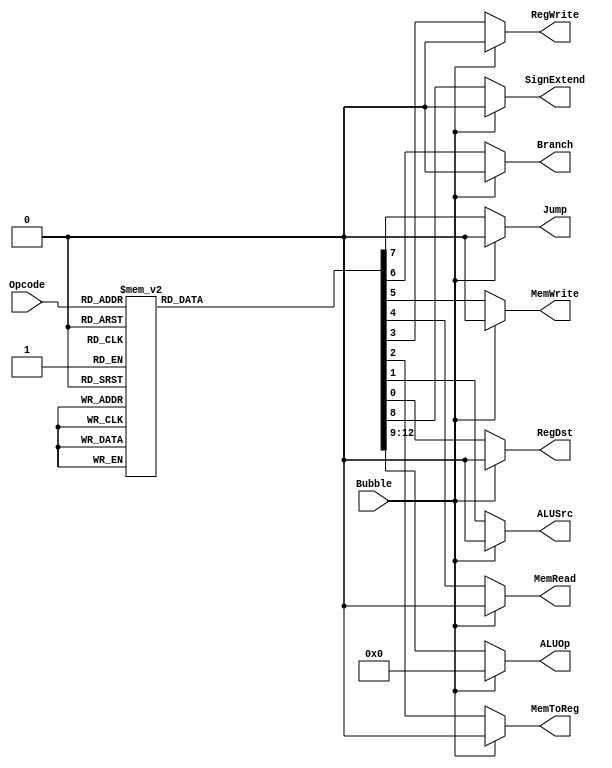
`timescale 1ns / 1ps
//////////////////////////////////////////////////////////////////////////////////
// Company: 
// Engineer: 
// 
// Design Name: 
// Module Name:    PipelinedControl 
// Project Name: 
// Target Devices: 
// Tool versions: 
// Description: 
//
// Dependencies: 
//
// Revision: 
// Revision 0.01 - File Created
// Additional Comments: 
//
//////////////////////////////////////////////////////////////////////////////////
`define RTYPEOPCODE 6'b000000
`define LWOPCODE        6'b100011
`define SWOPCODE        6'b101011
`define BEQOPCODE       6'b000100
`define JOPCODE     6'b000010
`define ORIOPCODE       6'b001101
`define ADDIOPCODE  6'b001000
`define ADDIUOPCODE 6'b001001
`define ANDIOPCODE  6'b001100
`define LUIOPCODE       6'b001111
`define SLTIOPCODE  6'b001010
`define SLTIUOPCODE 6'b001011
`define XORIOPCODE  6'b001110

`define AND     4'b0000
`define OR      4'b0001
`define ADD     4'b0010
`define SLL     4'b0011
`define SRL     4'b0100
`define SUB     4'b0110
`define SLT     4'b0111
`define ADDU    4'b1000
`define SUBU    4'b1001
`define XOR     4'b1010
`define SLTU    4'b1011
`define NOR     4'b1100
`define SRA     4'b1101
`define LUI     4'b1110
`define FUNC    4'b1111


module PipelinedControl(RegDst, ALUSrc, MemToReg, RegWrite, MemRead, MemWrite, Branch, Jump, SignExtend, ALUOp, Opcode, Bubble);
   input [5:0] Opcode;
   input Bubble;
   output RegDst;
   output ALUSrc;
   output MemToReg;
   output RegWrite;
   output MemRead;
   output MemWrite;
   output Branch;
   output Jump;
   output SignExtend;
   output [3:0] ALUOp;
	 
	reg	RegDst, ALUSrc, MemToReg, RegWrite, MemRead, MemWrite, Branch, Jump, SignExtend;
	reg  [3:0] ALUOp;
	always @ (Opcode or Bubble) begin
		if(Bubble) begin
			//Put your code here!
			RegDst <= #2 0;
                	ALUSrc <= #2 0;
                	MemToReg <= #2 0;
                	RegWrite <= #2 0;
                	MemRead <= #2 0;
                	MemWrite <= #2 0;
                	Branch <= #2 0;
                	Jump <= #2 0;
                	SignExtend <= #2 1'b0;
                	ALUOp <= #2 `AND;
		end
		else begin
			case(Opcode)
		      	   `RTYPEOPCODE: begin
               		    	RegDst <= #2 1;
                	    	ALUSrc <= #2 0;
                	    	MemToReg <= #2 0;
                	   	 RegWrite <= #2 1;
                	    	MemRead <= #2 0;
                	    	MemWrite <= #2 0;
                	    	Branch <= #2 0;
                	    	Jump <= #2 0;
                	    	SignExtend <= #2 1'b0;
                	    	ALUOp <= #2 `FUNC;
            		    end
			   `LWOPCODE: begin
				RegDst <= #2 0;
				ALUSrc <= #2 1;
				MemToReg <= #2 1;
				RegWrite <= #2 1;
				MemRead <= #2 1;
				MemWrite <= #2 0;
				Branch <= #2 0;
				Jump <= #2 0;
				SignExtend <= #2 1'b1;
				ALUOp <= #2 `ADD;
			    end
			    `SWOPCODE: begin
				RegDst <= #2 1'bx;
				ALUSrc <= #2 1;
				MemToReg <= #2 1'bx;
				RegWrite <= #2 0;
				MemRead <= #2 0;
				MemWrite <= #2 1;
				Branch <= #2 0;
				Jump <= #2 0;
				SignExtend <= #2 1'b1;
				ALUOp <= #2 `ADD;
			    end
			    `BEQOPCODE: begin
				RegDst <= #2 1'bx;
				ALUSrc <= #2 0;
				MemToReg <= #2 1'bx;
				RegWrite <= #2 0;
				MemRead <= #2 0;
				MemWrite <= #2 0;
				Branch <= #2 1;
				Jump <= #2 0;
				SignExtend <= #2 1'bx;
				ALUOp <= #2 `SUB;
			    end
			    `JOPCODE: begin
				RegDst <= #2 1'bx;
				ALUSrc <= #2 0;
				MemToReg <= #2 1'bx;
				RegWrite <= #2 0;
				MemRead <= #2 0;
				MemWrite <= #2 0;
				Branch <= #2 0;
				Jump <= #2 1;
				SignExtend <= #2 1'bx;
				ALUOp <= #2 4'bxxxx;
			    end
			    `ORIOPCODE: begin
				RegDst <= #2 0;
				ALUSrc <= #2 1;
				MemToReg <= #2 0;
				RegWrite <= #2 1;
				MemRead <= #2 0;
				MemWrite <= #2 0;
				Branch <= #2 0;
				Jump <= #2 0;
				SignExtend <= #2 1'b0;
				ALUOp <= #2 `OR;
			    end
			    `ADDIOPCODE: begin
				RegDst <= #2 0;
				ALUSrc <= #2 1;
				MemToReg <= #2 0;
				RegWrite <= #2 1;
				MemRead <= #2 0;
				MemWrite <= #2 0;
				Branch <= #2 0;
				Jump <= #2 0;
				SignExtend <= #2 1'b1;
				ALUOp <= #2 `ADD;
			     end
			     `ADDIUOPCODE: begin
				RegDst <= #2 0;
				ALUSrc <= #2 1;
				MemToReg <= #2 0;
				RegWrite <= #2 1;
				MemRead <= #2 0;
				MemWrite <= #2 0;
				Branch <= #2 0;
				Jump <= #2 0;
				SignExtend <= #2 1'b1;
				ALUOp <= #2 `ADDU;
			     end
			     `ANDIOPCODE: begin
			      	RegDst <= #2 0;
				ALUSrc <= #2 1;
				MemToReg <= #2 0;
				RegWrite <= #2 1;
				MemRead <= #2 0;
				MemWrite <= #2 0;
				Branch <= #2 0;
				Jump <= #2 0;
				SignExtend <= #2 1'b0;
				ALUOp <= #2 `AND;
			     end
			     `LUIOPCODE: begin
				RegDst <= #2 0;
				ALUSrc <= #2 1;
				MemToReg <= #2 0;
				RegWrite <= #2 1;
				MemRead <= #2 0;
				MemWrite <= #2 0;
				Branch <= #2 0;
				Jump <= #2 0;
				SignExtend <= #2 1'b0;
				ALUOp <= #2 `LUI;
			     end
			     `SLTIOPCODE: begin
				RegDst <= #2 0;
				ALUSrc <= #2 1;
				MemToReg <= #2 0;
				RegWrite <= #2 1;
				MemRead <= #2 0;
				MemWrite <= #2 0;
				Branch <= #2 0;
				Jump <= #2 0;
				SignExtend <= #2 1'b1;
				ALUOp <= #2 `SLT;
			     end
			     `SLTIUOPCODE: begin
				RegDst <= #2 0;
				ALUSrc <= #2 1;
				MemToReg <= #2 0;
				RegWrite <= #2 1;
				MemRead <= #2 0;
				MemWrite <= #2 0;
				Branch <= #2 0;
				Jump <= #2 0;
				SignExtend <= #2 1'b1;
				ALUOp <= #2 `SLTU;
			     end
			     `XORIOPCODE: begin 
				RegDst <= #2 0;
				ALUSrc <= #2 1;
				MemToReg <= #2 0;
				RegWrite <= #2 1;
				MemRead <= #2 0;
				MemWrite <= #2 0;
				Branch <= #2 0;
				Jump <= #2 0;
				SignExtend <= #2 1'b0;
				ALUOp <= #2 `XOR;
			   end



			   default: begin
                	    	RegDst <= #2 1'bx;
                	    	ALUSrc <= #2 1'bx;
                	    	MemToReg <= #2 1'bx;
                	    	RegWrite <= #2 1'bx;
                	    	MemRead <= #2 1'bx;
                	    	MemWrite <= #2 1'bx;
                	    	Branch <= #2 1'bx;
                	    	Jump <= #2 1'bx;
                	    	SignExtend <= #2 1'bx;
                	    	ALUOp <= #2 4'bxxxx;
end



 
			endcase
		end
	end
endmodule